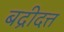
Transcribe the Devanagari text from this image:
बद्रीदत्त